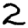
Digit: 2